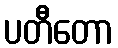
ပတီတော